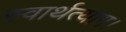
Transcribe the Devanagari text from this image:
स्वार्थत्याग।